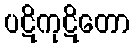
ပဋိကုဋိတော